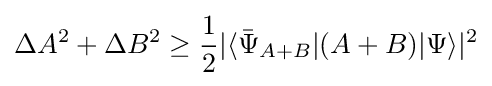
\Delta A^{2}+\Delta B^{2}\geq {\frac {1}{2}}|\langle {\bar {\Psi }}_{A+B}|(A+B)|\Psi \rangle |^{2}